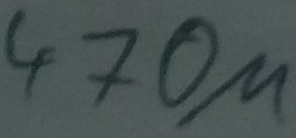
Text: 470µ